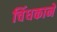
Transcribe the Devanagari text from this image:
चिंधकाने